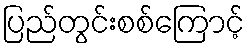
ပြည်တွင်းစစ်ကြောင့်